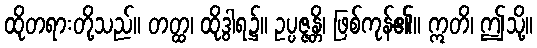
ထိုတရားတို့သည်။ တတ္ထ၊ ထိုဒွါရ၌။ ဥပ္ပဇ္ဇန္တိ၊ ဖြစ်ကုန်၏။ ဣတိ၊ ဤသို့။